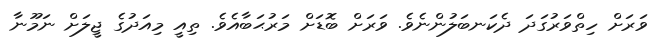
ވަރަށް ހިތްވަރުގަދަ ދެކަނބަލުންނެވެ. ވަރަށް ބޮޑަށް މަރުޙަބާއެވެ. ތިއީ މިއަދުގެ ޖީލަށް ނަމޫނާ